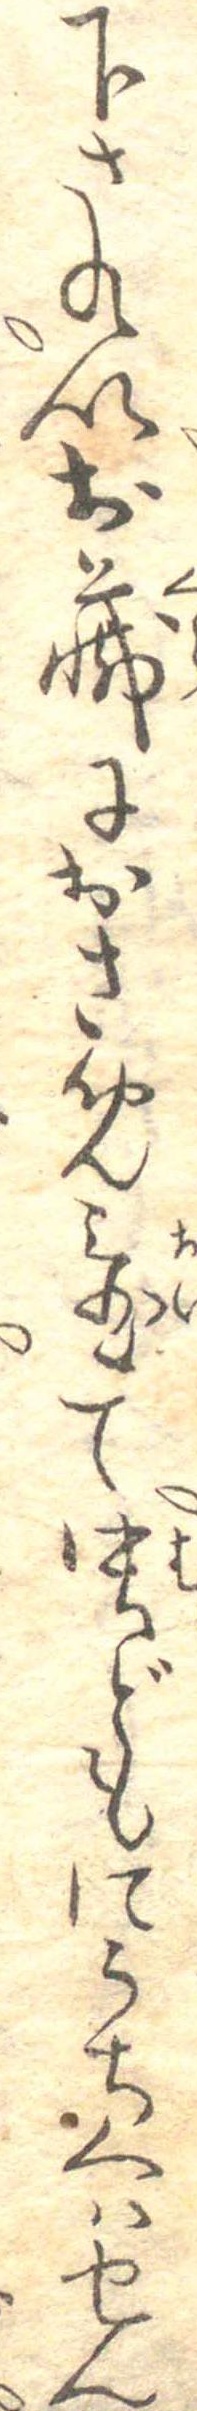
下されいお蔵におさめ置て虫どもにうちくはせん